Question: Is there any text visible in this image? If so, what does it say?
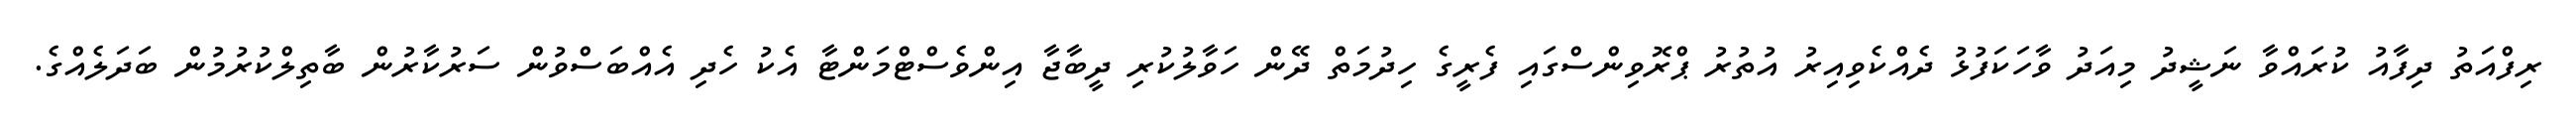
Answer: ރިފްއަތު ދިފާއު ކުރައްވާ ނަޝީދު މިއަދު ވާހަކަފުޅު ދެއްކެވިއިރު އުތުރު ޕްރޮވިންސްގައި ފެރީގެ ހިދުމަތް ދޭން ހަވާލުކުރި ދީބާޖާ އިންވެސްޓްމަންޓާ އެކު ހެދި އެއްބަސްވުން ސަރުކާރުން ބާތިލްކުރުމުން ބަދަލެއްގެ.